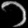
Digit: ၁